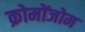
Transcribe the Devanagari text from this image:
क्रोमोंजोम